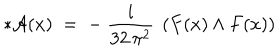
* { \mathcal A } ( x ) \; = \; - ~ \frac { i } { 3 2 \, \pi ^ { 2 } } ~ \left( F ( x ) \wedge F ( x ) \right)